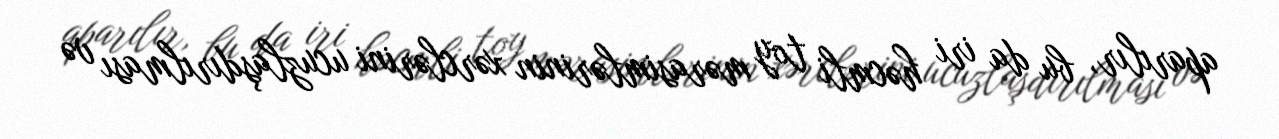
aparılır, bu da iri həcmli toy mərasimlərinin xərclərini ucuzlaşdırılması və